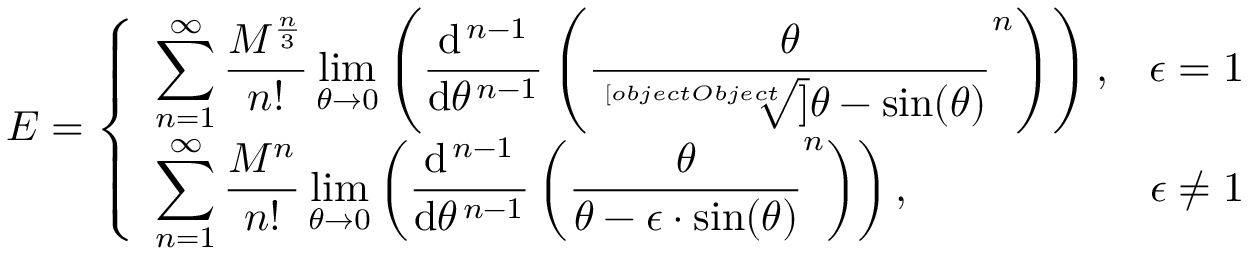
E = { \left\{ \begin{array} { l l } { \displaystyle \sum _ { n = 1 } ^ { \infty } { \frac { M ^ { \frac { n } { 3 } } } { n ! } } \operatorname* { l i m } _ { \theta \to 0 } \left( { \frac { \mathrm { d } ^ { \, n - 1 } } { \mathrm { d } \theta ^ { \, n - 1 } } } \left( { \frac { \theta } { \sqrt [ [object Object] ] { \theta - \sin ( \theta ) } } } ^ { n } \right) \right) , } & { \epsilon = 1 } \\ { \displaystyle \sum _ { n = 1 } ^ { \infty } { \frac { M ^ { n } } { n ! } } \operatorname* { l i m } _ { \theta \to 0 } \left( { \frac { \mathrm { d } ^ { \, n - 1 } } { \mathrm { d } \theta ^ { \, n - 1 } } } \left( { \frac { \theta } { \theta - \epsilon \cdot \sin ( \theta ) } } ^ { n } \right) \right) , } & { \epsilon \neq 1 } \end{array} \right. }